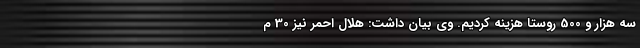
سه هزار و 500 روستا هزینه کردیم. وی بیان داشت: هلال احمر نیز 30 م